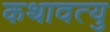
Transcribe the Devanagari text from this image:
कथावत्यु